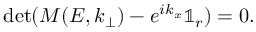
\operatorname* { d e t } ( M ( E , k _ { \bot } ) - e ^ { i k _ { x } } \mathbb { 1 } _ { r } ) = 0 .